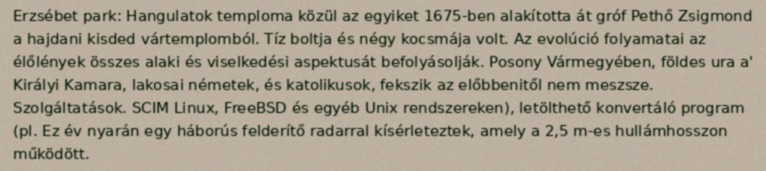
Erzsébet park: Hangulatok temploma közül az egyiket 1675-ben alakította át gróf Pethő Zsigmond a hajdani kisded vártemplomból. Tíz boltja és négy kocsmája volt. Az evolúció folyamatai az élőlények összes alaki és viselkedési aspektusát befolyásolják. Posony Vármegyében, földes ura a' Királyi Kamara, lakosai németek, és katolikusok, fekszik az előbbenitől nem meszsze. Szolgáltatások. SCIM Linux, FreeBSD és egyéb Unix rendszereken), letölthető konvertáló program (pl. Ez év nyarán egy háborús felderítő radarral kísérleteztek, amely a 2,5 m-es hullámhosszon működött.